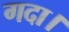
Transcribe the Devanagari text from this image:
गदा।